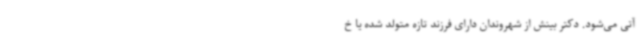
آتی می‌شود. دکتر بینش از شهروندان دارای فرزند تازه متولد شده یا خ